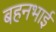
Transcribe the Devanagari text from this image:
बहनभाई